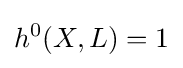
h^{0}(X,L)=1